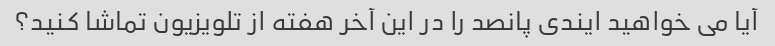
آیا می خواهید ایندی پانصد را در این آخر هفته از تلویزیون تماشا کنید؟